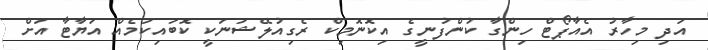
އަދި މިހާރު އެއާޕޯޓް ހިންގާ ކުންފުނީގެ އިކޮނޮމިކް ރެގިއުލޭޝަނަކީ ކޮބައިކަމެއް އަޔާޓާ އަށް